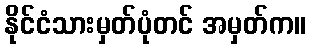
နိုင်ငံသားမှတ်ပုံတင် အမှတ်က။